Annual administration report of the Civil Veterinary Department of India - 1894-1895
Year: 1894
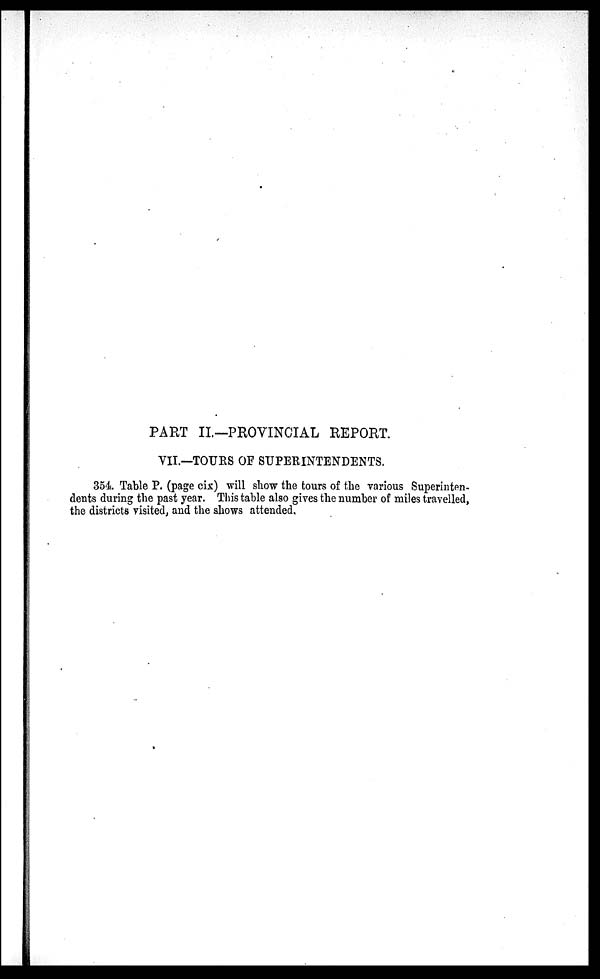
PART II—PROVINCIAL REPORT.
VII.—TOURS OF SUPERINTENDENTS.
354 Table P. (page cix) will show the tours of the various Superinten-
dents during the past year. This table also gives the number of miles travelled,
the districts visited, and the shows attended.